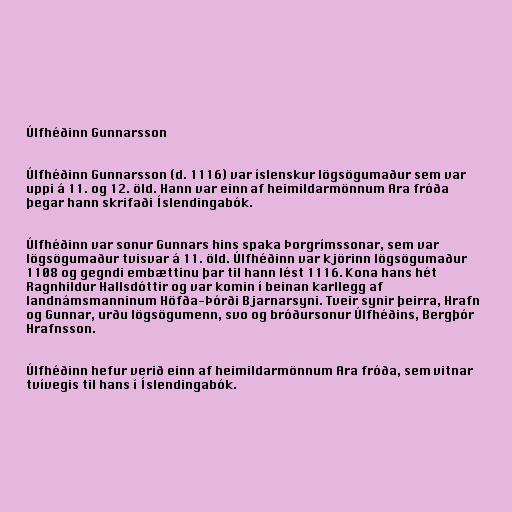
Úlfhéðinn Gunnarsson

Úlfhéðinn Gunnarsson (d. 1116) var íslenskur lögsögumaður sem var
uppi á 11. og 12. öld. Hann var einn af heimildarmönnum Ara fróða
þegar hann skrifaði Íslendingabók.

Úlfhéðinn var sonur Gunnars hins spaka Þorgrímssonar, sem var
lögsögumaður tvisvar á 11. öld. Úlfhéðinn var kjörinn lögsögumaður
1108 og gegndi embættinu þar til hann lést 1116. Kona hans hét
Ragnhildur Hallsdóttir og var komin í beinan karllegg af
landnámsmanninum Höfða-Þórði Bjarnarsyni. Tveir synir þeirra, Hrafn
og Gunnar, urðu lögsögumenn, svo og bróðursonur Úlfhéðins, Bergþór
Hrafnsson.

Úlfhéðinn hefur verið einn af heimildarmönnum Ara fróða, sem vitnar
tvívegis til hans í Íslendingabók.